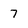
Character: 7